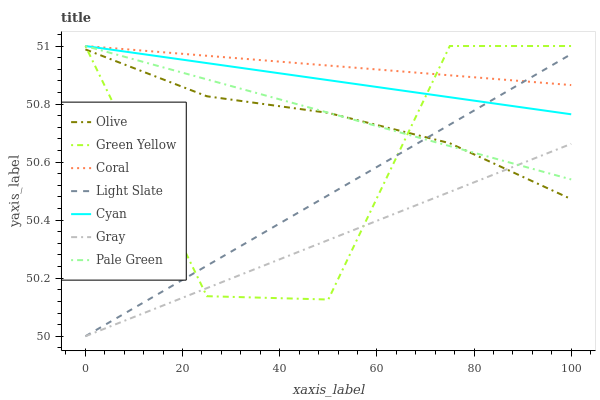
| xaxis_label | Olive | Green Yellow | Coral | Light Slate | Cyan | Gray | Pale Green |
 | --- | --- | --- | --- | --- | --- | --- | --- |
 | 0 | 51 | 51 | 51 | 50 | 51 | 50 | 51 |
 | 25 | 50.8 | 50.1 | 51 | 50.2 | 50.9 | 50.2 | 50.9 |
 | 50 | 50.8 | 50.1 | 50.9 | 50.5 | 50.9 | 50.3 | 50.8 |
 | 75 | 50.7 | 51 | 50.9 | 50.7 | 50.8 | 50.5 | 50.7 |
 | 100 | 50.5 | 51 | 50.9 | 51 | 50.8 | 50.7 | 50.5 |